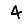
Digit: 4